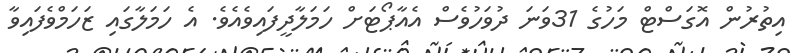
އިތުރުން އޮގަސްޓް މަހުގެ 31ވަނަ ދުވަހުވެސް އެެއާޕޯޓަށް ހަމަލާދީފައިވެއެވެ. އެ ހަމަލާގައި ޒަހަމްވެފައިވާ